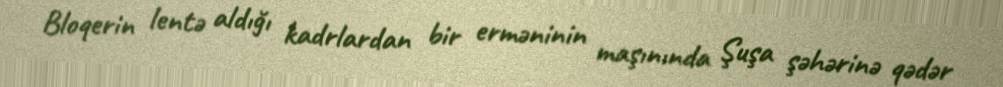
Bloqerin lentə aldığı kadrlardan bir erməninin maşınında Şuşa şəhərinə qədər